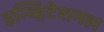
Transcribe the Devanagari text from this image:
इन्व्हिटेशनल